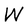
Character: W